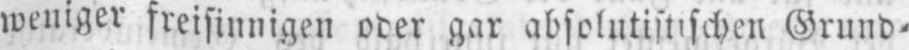
weniger freisinnigen oder gar absolutistischen Grund⸗